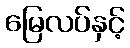
မြေလပ်နှင့်